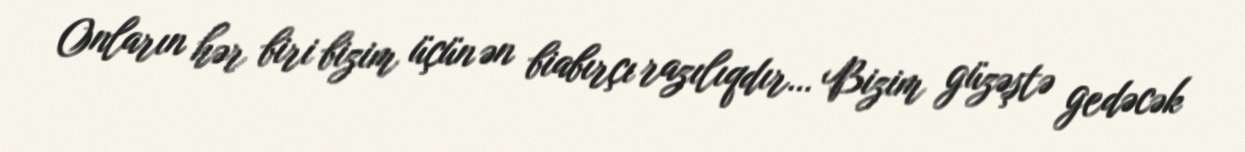
Onların hər biri bizim üçün ən biabırçı razılıqdır… Bizim güzəştə gedəcək